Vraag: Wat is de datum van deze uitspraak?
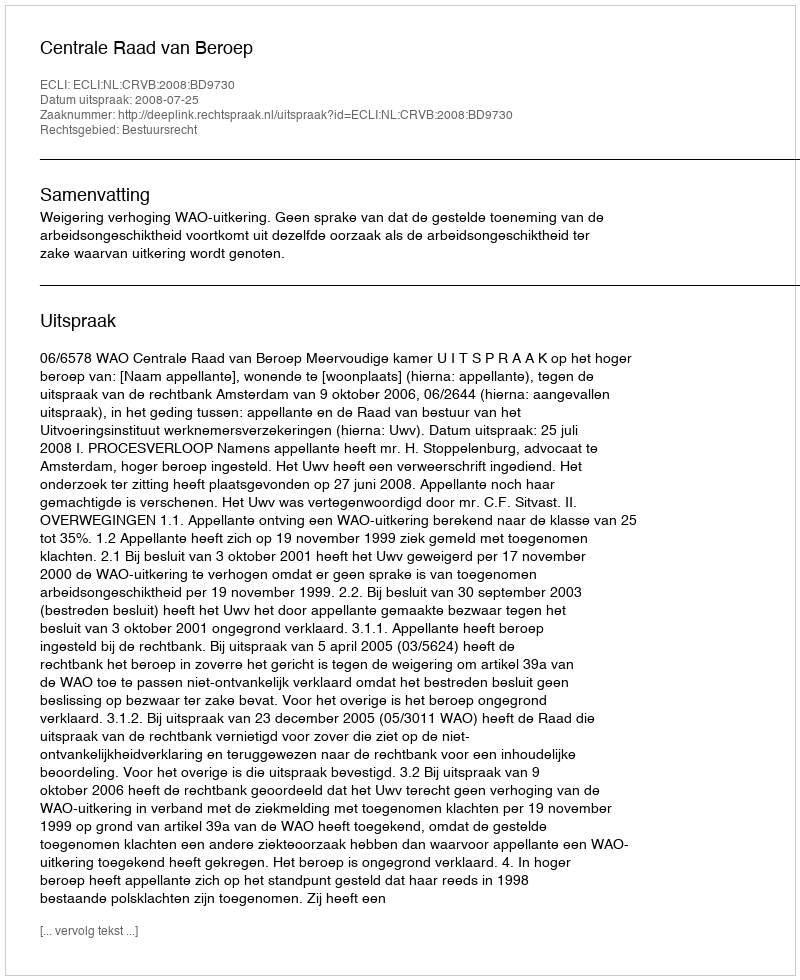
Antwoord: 2008-07-25